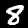
Label: 8